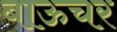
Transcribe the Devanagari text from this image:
बाऊचर